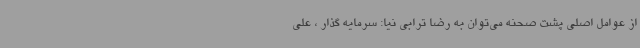
از عوامل اصلی پشت صحنه می‌توان به رضا ترابی نیا: سرمایه گذار ، علی